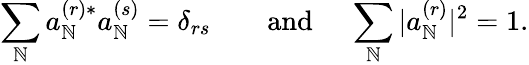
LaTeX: \sum_{\mathbb{N}}a_{\mathbb{N}}^{(r)*}a_{\mathbb{N}}^{(s)}=\delta_{rs}\qquad\mathrm{{and~}}\quad\sum_{\mathbb{N}}|a_{\mathbb{N}}^{(r)}|^{2}=1.